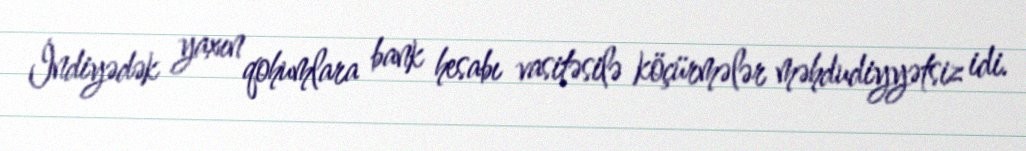
İndiyədək yaxın qohumlara bank hesabı vasitəsilə köçürmələr məhdudiyyətsiz idi.